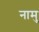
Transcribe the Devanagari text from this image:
नामु